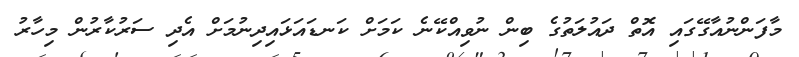
މާފަންނުއާގޭގައި އޮތް ދައުލަތުގެ ބިން ނުވިއްކޭނެ ކަމަށް ކަނޑައަޅައިދިނުމަށް އެދި ސަރުކާރުން މިހާރު